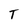
Character: T